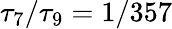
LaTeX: \tau_{7}/\tau_{9}=1/357